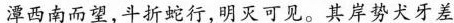
潭西南而望，斗折蛇行，明灭可见。其岸势犬牙差